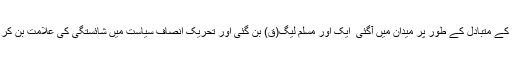
پی ٹی آئی ٗ جو مسلم لیگ اور پیپلز پارٹی جیسی جماعتوں کے متبادل کے طور پر میدان میں آگئی ٗ ایک اور مسلم لیگ(ق) بن گئی اور تحریک انصاف سیاست میں شائستگی کی علامت بن کر میدان میں اتری تھیٗ لیکن بدزبانی کی علامت بننے لگی۔